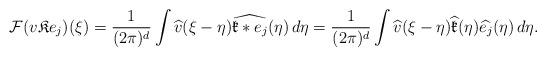
LaTeX: \begin{align*} \mathcal F ( v \mathfrak K e_j )(\xi) = \frac{1}{(2\pi)^d} \int \widehat v(\xi-\eta) \widehat{\mathfrak k * e_j}(\eta) \, d\eta = \frac{1}{(2\pi)^d} \int \widehat v(\xi-\eta) \widehat{\mathfrak k}(\eta) \widehat{e_j}(\eta) \, d\eta.\end{align*}